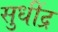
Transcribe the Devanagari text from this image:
सुधींद्र